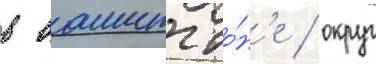
в вашингто́н'е / округ